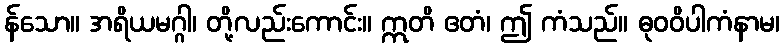
န်သော။ အရိယမဂ္ဂါ၊ တို့လည်းကောင်း။ ဣတိ ဧတံ၊ ဤ ကံသည်။ ဓုဝဝိပါကံနာမ၊